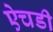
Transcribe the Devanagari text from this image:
ऐचडी